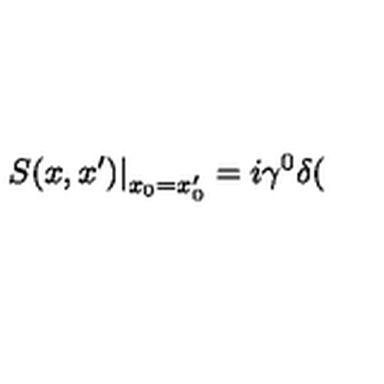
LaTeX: \left. S ( x , x ^ { \prime } ) \right| _ { x _ { 0 } = x _ { 0 } ^ { \prime } } = i \gamma ^ { 0 } \delta (